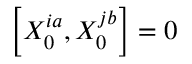
\left[ X _ { 0 } ^ { i a } , X _ { 0 } ^ { j b } \right] = 0